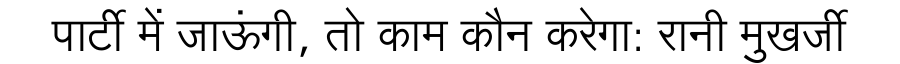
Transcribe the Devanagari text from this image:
पार्टी में जाऊंगी, तो काम कौन करेगा: रानी मुखर्जी